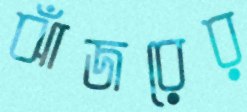
ঝাঁজরের